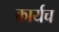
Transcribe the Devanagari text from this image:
कार्यच